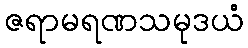
ဇရာမရဏသမုဒယံ